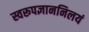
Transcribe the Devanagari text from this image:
स्वरूपज्ञाननिलयं